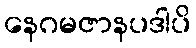
နေဂမဇာနပဒါပိ